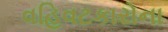
વહિવટકારોના